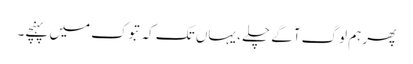
پھر ہم لوگ آگے چلے ، یہاں تک کہ تبوک میں پہنچے۔